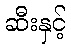
ဆီးနှင့်